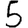
Digit: 5